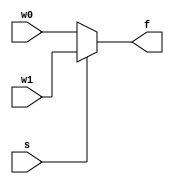
module mux2to1(w0,w1,s,f);
	input w0,w1,s;
	output reg f;
	always@(w0 or w1 or s)
	begin
		if(s==0)
			f=w0;
		else
			f=w1;
	end
endmodule

module q2b(w1,w2,w3,f);
	input w1,w2,w3;
	output f;
	wire g,h;
	mux2to1 stage0(1'b0,w3,w2,g);
	mux2to1 stage1(w3,1'b1,w2,h);
	mux2to1 stage2(g,h,w1,f);
endmodule